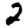
Digit: 2